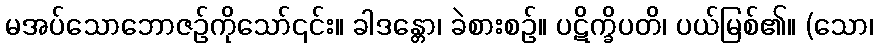
မအပ်သောဘောဇဉ်ကိုသော်၎င်း။ ခါဒန္တော၊ ခဲစားစဉ်။ ပဋိက္ခိပတိ၊ ပယ်မြစ်၏။ (သော၊